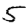
Digit: 5